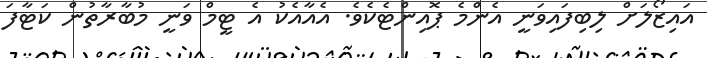
އައިޒޯލަށް ލިބިފައިވަނީ އެންމެ ޕޮއިންޓެކެވެ. އެއާއެކު އެ ޓީމް ވަނީ މުބާރާތުން ކަޓާފަ